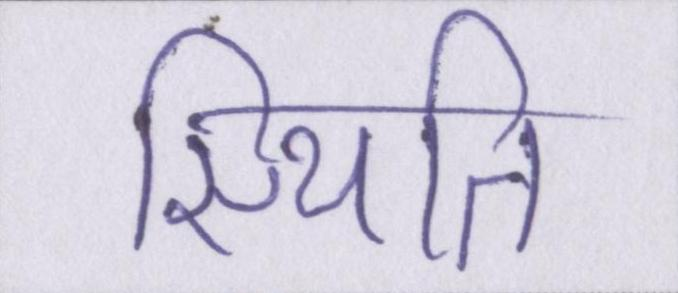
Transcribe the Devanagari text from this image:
स्थिति